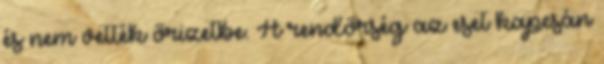
és nem vették őrizetbe. A rendőrség az eset kapcsán